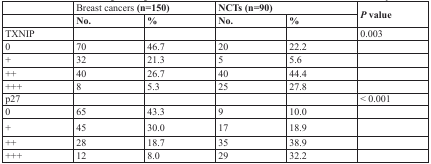
|  | <COLSPAN=2> Breast cancers (n=150) | <COLSPAN=2> NCTs (n=90) | <ROWSPAN=2> P value |
 |  | No. | % | No. | % |
 | --- | --- | --- | --- | --- | --- |
 | TXNIP |  |  |  |  | 0.003 |
 | 0 | 70 | 46.7 | 20 | 22.2 |  |
 | + | 32 | 21.3 | 5 | 5.6 |  |
 | ++ | 40 | 26.7 | 40 | 44.4 |  |
 | +++ | 8 | 5.3 | 25 | 27.8 |  |
 | p27 |  |  |  |  | < 0.001 |
 | 0 | 65 | 43.3 | 9 | 10.0 |  |
 | + | 45 | 30.0 | 17 | 18.9 |  |
 | ++ | 28 | 18.7 | 35 | 38.9 |  |
 | +++ | 12 | 8.0 | 29 | 32.2 |  |